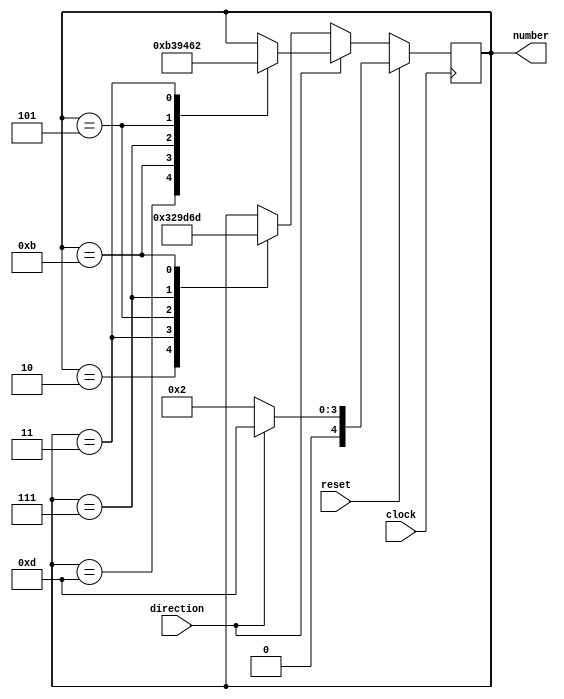
// Solucao do exercicio 5. Contador de numeros primos.
`timescale 10ps / 1ps
module exercise5 (
  input wire clock,
  input wire reset,
  input wire direction,
  output reg[0:4] number
);

always @ (posedge clock)
  if (reset == 1) begin
    if (direction == 0) begin
      number = 2;
	 end else begin
	   number = 13;
	 end 
  end else begin
    if (direction == 0) begin
      case (number)
		  2:  number = 3;
		  3:  number = 5; 
		  5:  number = 7;
		  7:  number = 11;
		  11: number = 13;
      endcase
	 end else begin
	   case (number)
		  13: number = 11;
		  11: number = 7;
        7:  number = 5;   
		  5:  number = 3;
		  3:  number = 2;
		endcase
	 end 
  end
   
endmodule 

module exercise5tb ();

reg clock;
reg reset;
reg direction;
wire[0:4] number;
   
exercise5 e5 (
  .clock(clock),
  .reset(reset),
  .direction(direction),
  .number(number)
);

initial begin
  clock = 1;
  reset = 1;
  direction = 0;
  #5 reset = 0;
  #55 direction = 1; 
  reset = 1;
  #5 reset = 0;
  #100 $finish;
end

always
  #5 clock = ~clock;
	
endmodule